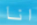
انا